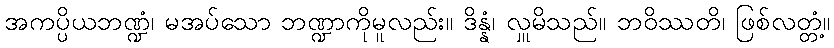
အကပ္ပိယဘဏ္ဍံ၊ မအပ်သော ဘဏ္ဍာကိုမူလည်း။ ဒိန္နံ၊ လှူမိသည်။ ဘဝိဿတိ၊ ဖြစ်လတ္တံ့။